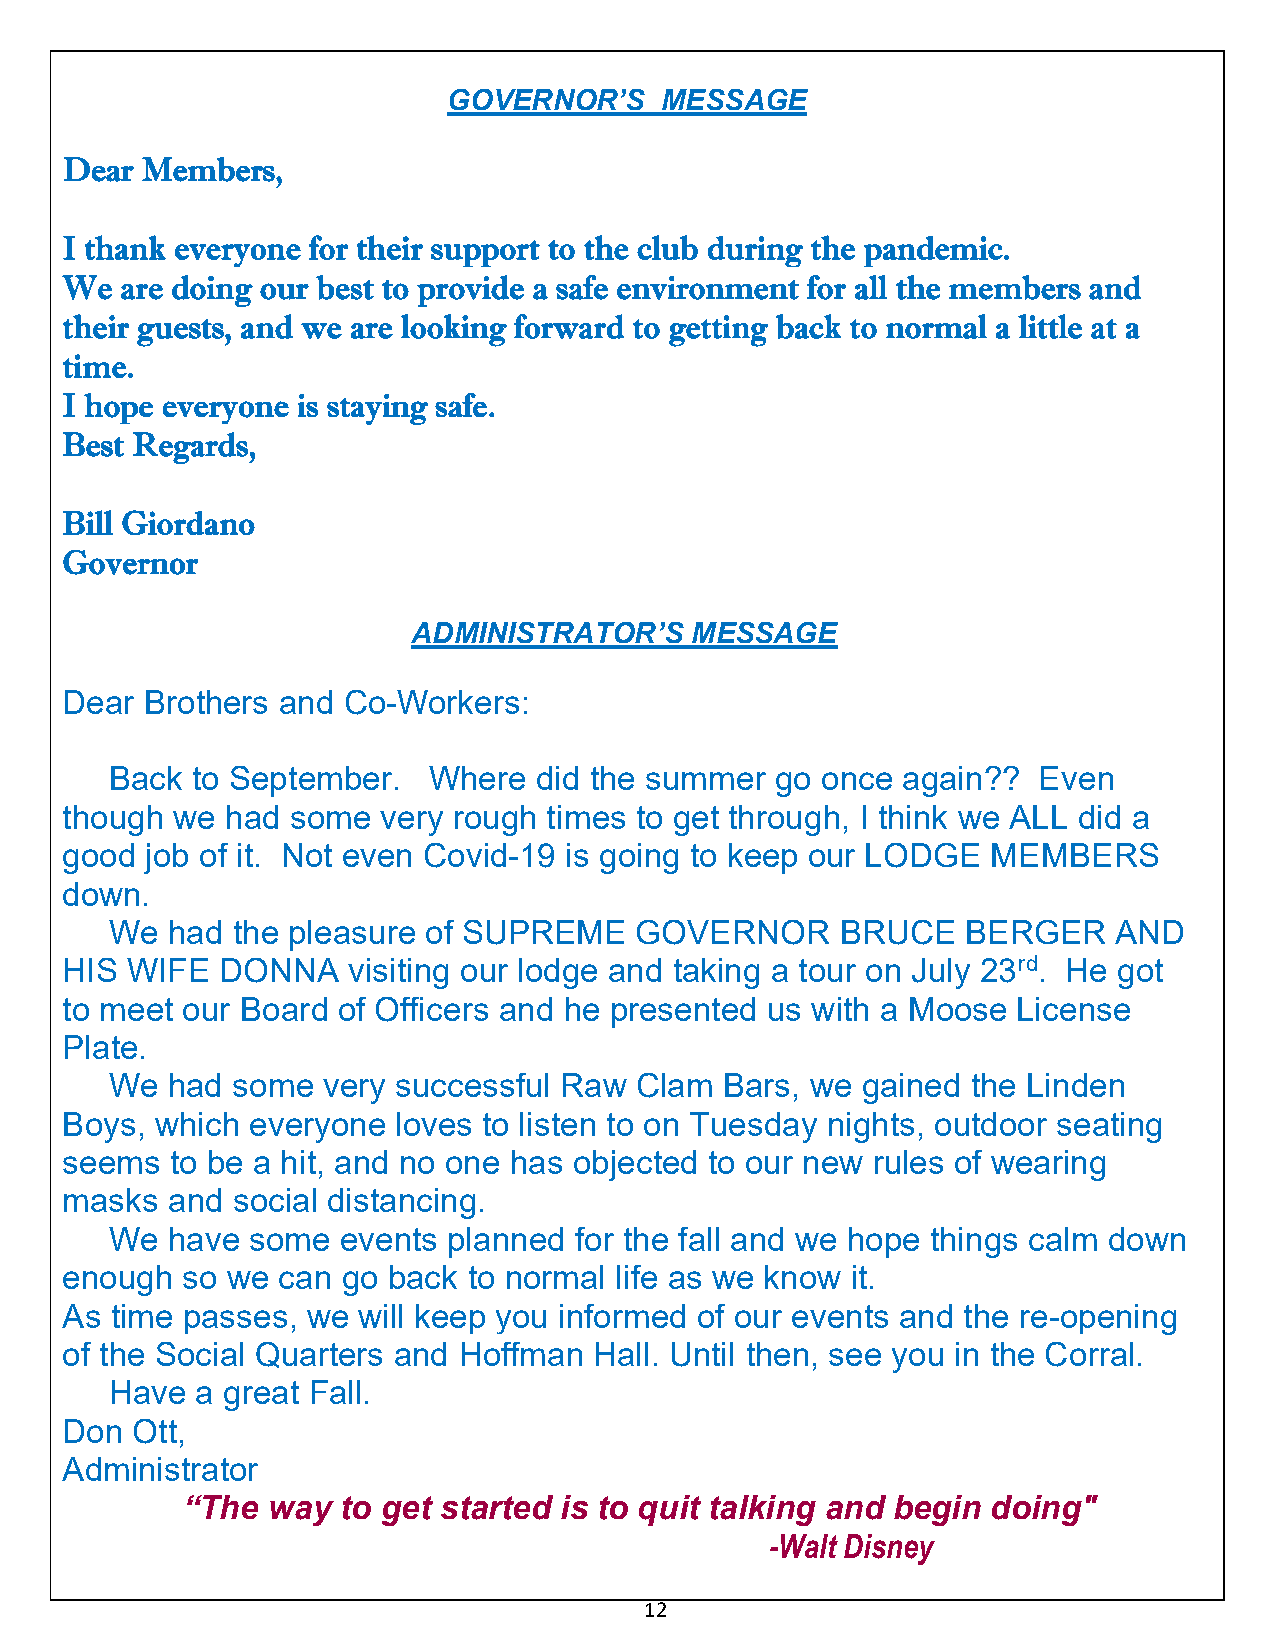
GOVERNOR’S    MESSAGE
 Dear Members,
 I thank everyone for their support to the club during the pandemic.
 We  are doing our best to provide a safe environment for all the members and
 their guests, and we are looking forward to getting back to normal a little at a
 time.
 I hope everyone is staying safe.
 Best Regards,
 Bill Giordano
 Governor
 ADMINISTRATOR’S    MESSAGE
 Dear  Brothers and Co-Workers:
 Back  to September.  Where  did the summer  go once  again??  Even
 though we  had some  very rough times to get through, I think we ALL did a
 good  job of it. Not even Covid-19 is going to keep our LODGE MEMBERS
 down.
 We  had the pleasure of SUPREME    GOVERNOR      BRUCE   BERGER    AND
 HIS WIFE   DONNA   visiting our lodge and taking a tour on July 23rd. He got
 to meet our Board of Officers and he presented us with a Moose License
 Plate.
 We  had some  very successful Raw  Clam  Bars, we gained the Linden
 Boys, which  everyone loves to listen to on Tuesday nights, outdoor seating
 seems  to be a hit, and no one has objected to our new rules of wearing
 masks  and social distancing.
 We  have  some  events planned for the fall and we hope things calm down
 enough  so we can  go back to normal life as we know it.
 As time passes, we  will keep you informed of our events and the re-opening
 of the Social Quarters and Hoffman Hall. Until then, see you in the Corral.
 Have  a great Fall.
 Don  Ott,
 Administrator
 “The  way  to get started is to quit talking and begin doing"
 -Walt Disney
 12